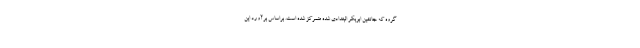
گروه که جانشین ابوبکر البغدادی شده متمرکز شده است. براساس برآورد این